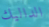
الداليك